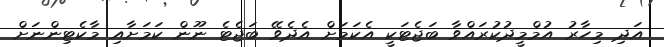
އަދި މިހާރު އުމްމީދުކުރައްވާ ބަޖެޓަކީ އެކަމަށް އެދެވޭ ބަޖެޓެ ނޫން ކަމަށާއި މާކެޓިންނަށް